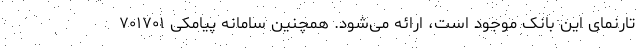
تارنمای این بانک موجود است، ارائه می‌شود. همچنین سامانه پیامکی ۷۰۱۷۰۱